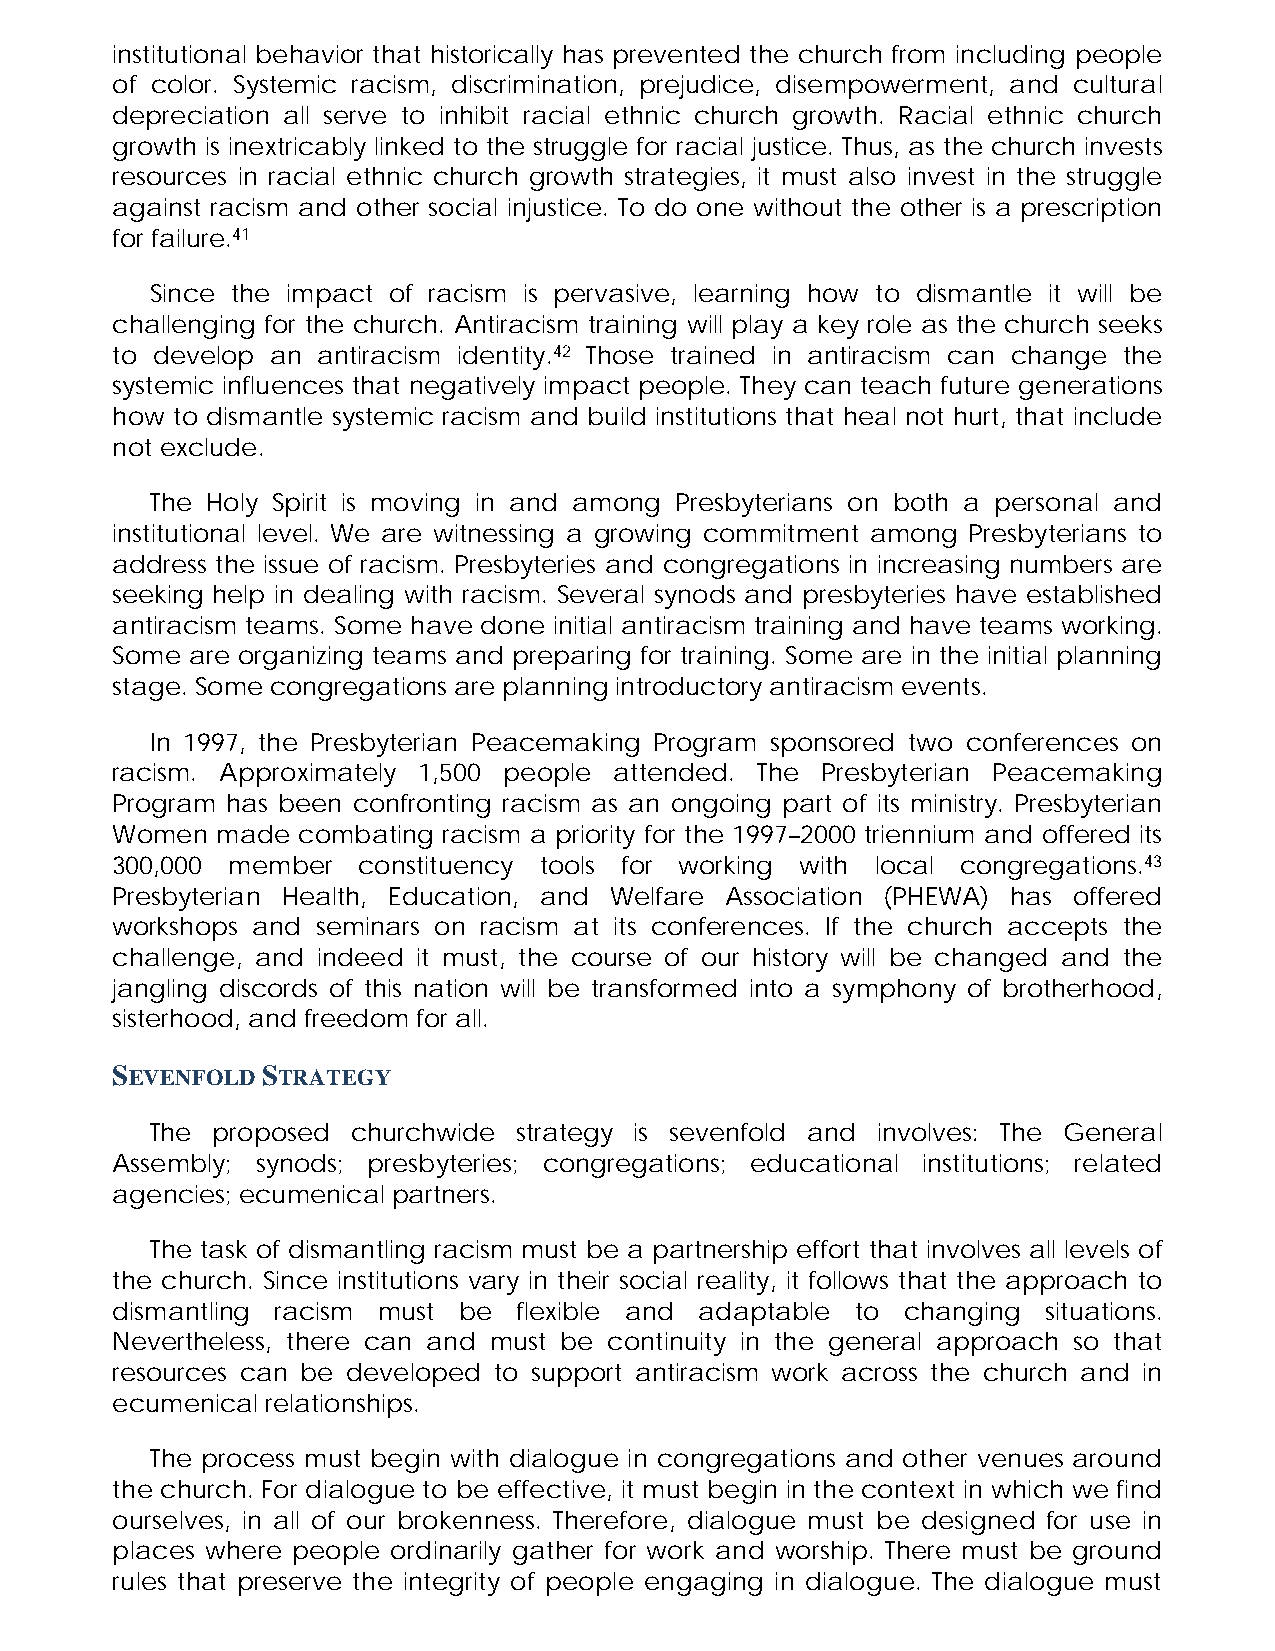
institutional behavior that historically has prevented the church from including people
 of color. Systemic racism, discrimination, prejudice, disempowerment, and cultural
 depreciation all serve to inhibit racial ethnic church growth. Racial ethnic church
 growth is inextricably linked to the struggle for racial justice. Thus, as the church invests
 resources in racial ethnic church growth strategies, it must also invest in the struggle
 against racism and other social injustice. To do one without the other is a prescription
 for failure.41
 Since the impact of racism is pervasive, learning how to dismantle it will be
 challenging for the church. Antiracism training will play a key role as the church seeks
 to develop an antiracism identity.42 Those trained in antiracism can change the
 systemic influences that negatively impact people. They can teach future generations
 how to dismantle systemic racism and build institutions that heal not hurt, that include
 not exclude.
 The Holy Spirit is moving in and among Presbyterians on both a personal and
 institutional level. We are witnessing a growing commitment among Presbyterians to
 address the issue of racism. Presbyteries and congregations in increasing numbers are
 seeking help in dealing with racism. Several synods and presbyteries have established
 antiracism teams. Some have done initial antiracism training and have teams working.
 Some  are organizing teams and preparing for training. Some are in the initial planning
 stage. Some congregations are planning introductory antiracism events.
 In 1997, the Presbyterian Peacemaking Program sponsored two conferences on
 racism. Approximately 1,500 people attended. The Presbyterian Peacemaking
 Program has been confronting racism as an ongoing part of its ministry. Presbyterian
 Women  made  combating racism a priority for the 1997–2000 triennium and offered its
 300,000 member   constituency tools for working with local congregations.43
 Presbyterian Health, Education, and Welfare Association (PHEWA) has offered
 workshops and seminars on racism at its conferences. If the church accepts the
 challenge, and indeed it must, the course of our history will be changed and the
 jangling discords of this nation will be transformed into a symphony of brotherhood,
 sisterhood, and freedom for all.
 SEVENFOLD STRATEGY
 The proposed churchwide strategy is sevenfold and involves: The General
 Assembly; synods; presbyteries; congregations; educational institutions; related
 agencies; ecumenical partners.
 The task of dismantling racism must be a partnership effort that involves all levels of
 the church. Since institutions vary in their social reality, it follows that the approach to
 dismantling racism must be flexible and adaptable to changing situations.
 Nevertheless, there can and must be continuity in the general approach so that
 resources can be developed to support antiracism work across the church and in
 ecumenical relationships.
 The process must begin with dialogue in congregations and other venues around
 the church. For dialogue to be effective, it must begin in the context in which we find
 ourselves, in all of our brokenness. Therefore, dialogue must be designed for use in
 places where people ordinarily gather for work and worship. There must be ground
 rules that preserve the integrity of people engaging in dialogue. The dialogue must